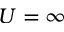
U = \infty